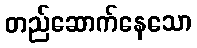
တည်ဆောက်နေသော